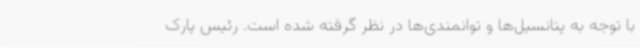
با توجه به پتانسیل‌ها و توانمندی‌ها در نظر گرفته شده است. رئیس پارک